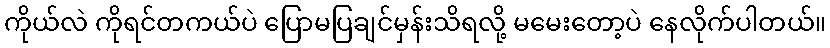
ကိုယ်လဲ ကိုရင်တကယ်ပဲ ပြောမပြချင်မှန်းသိရလို့ မမေးတော့ပဲ နေလိုက်ပါတယ်။